65_HS1-834228961_62-HQ-83894_Section_6
Agency: FBI
Page 15
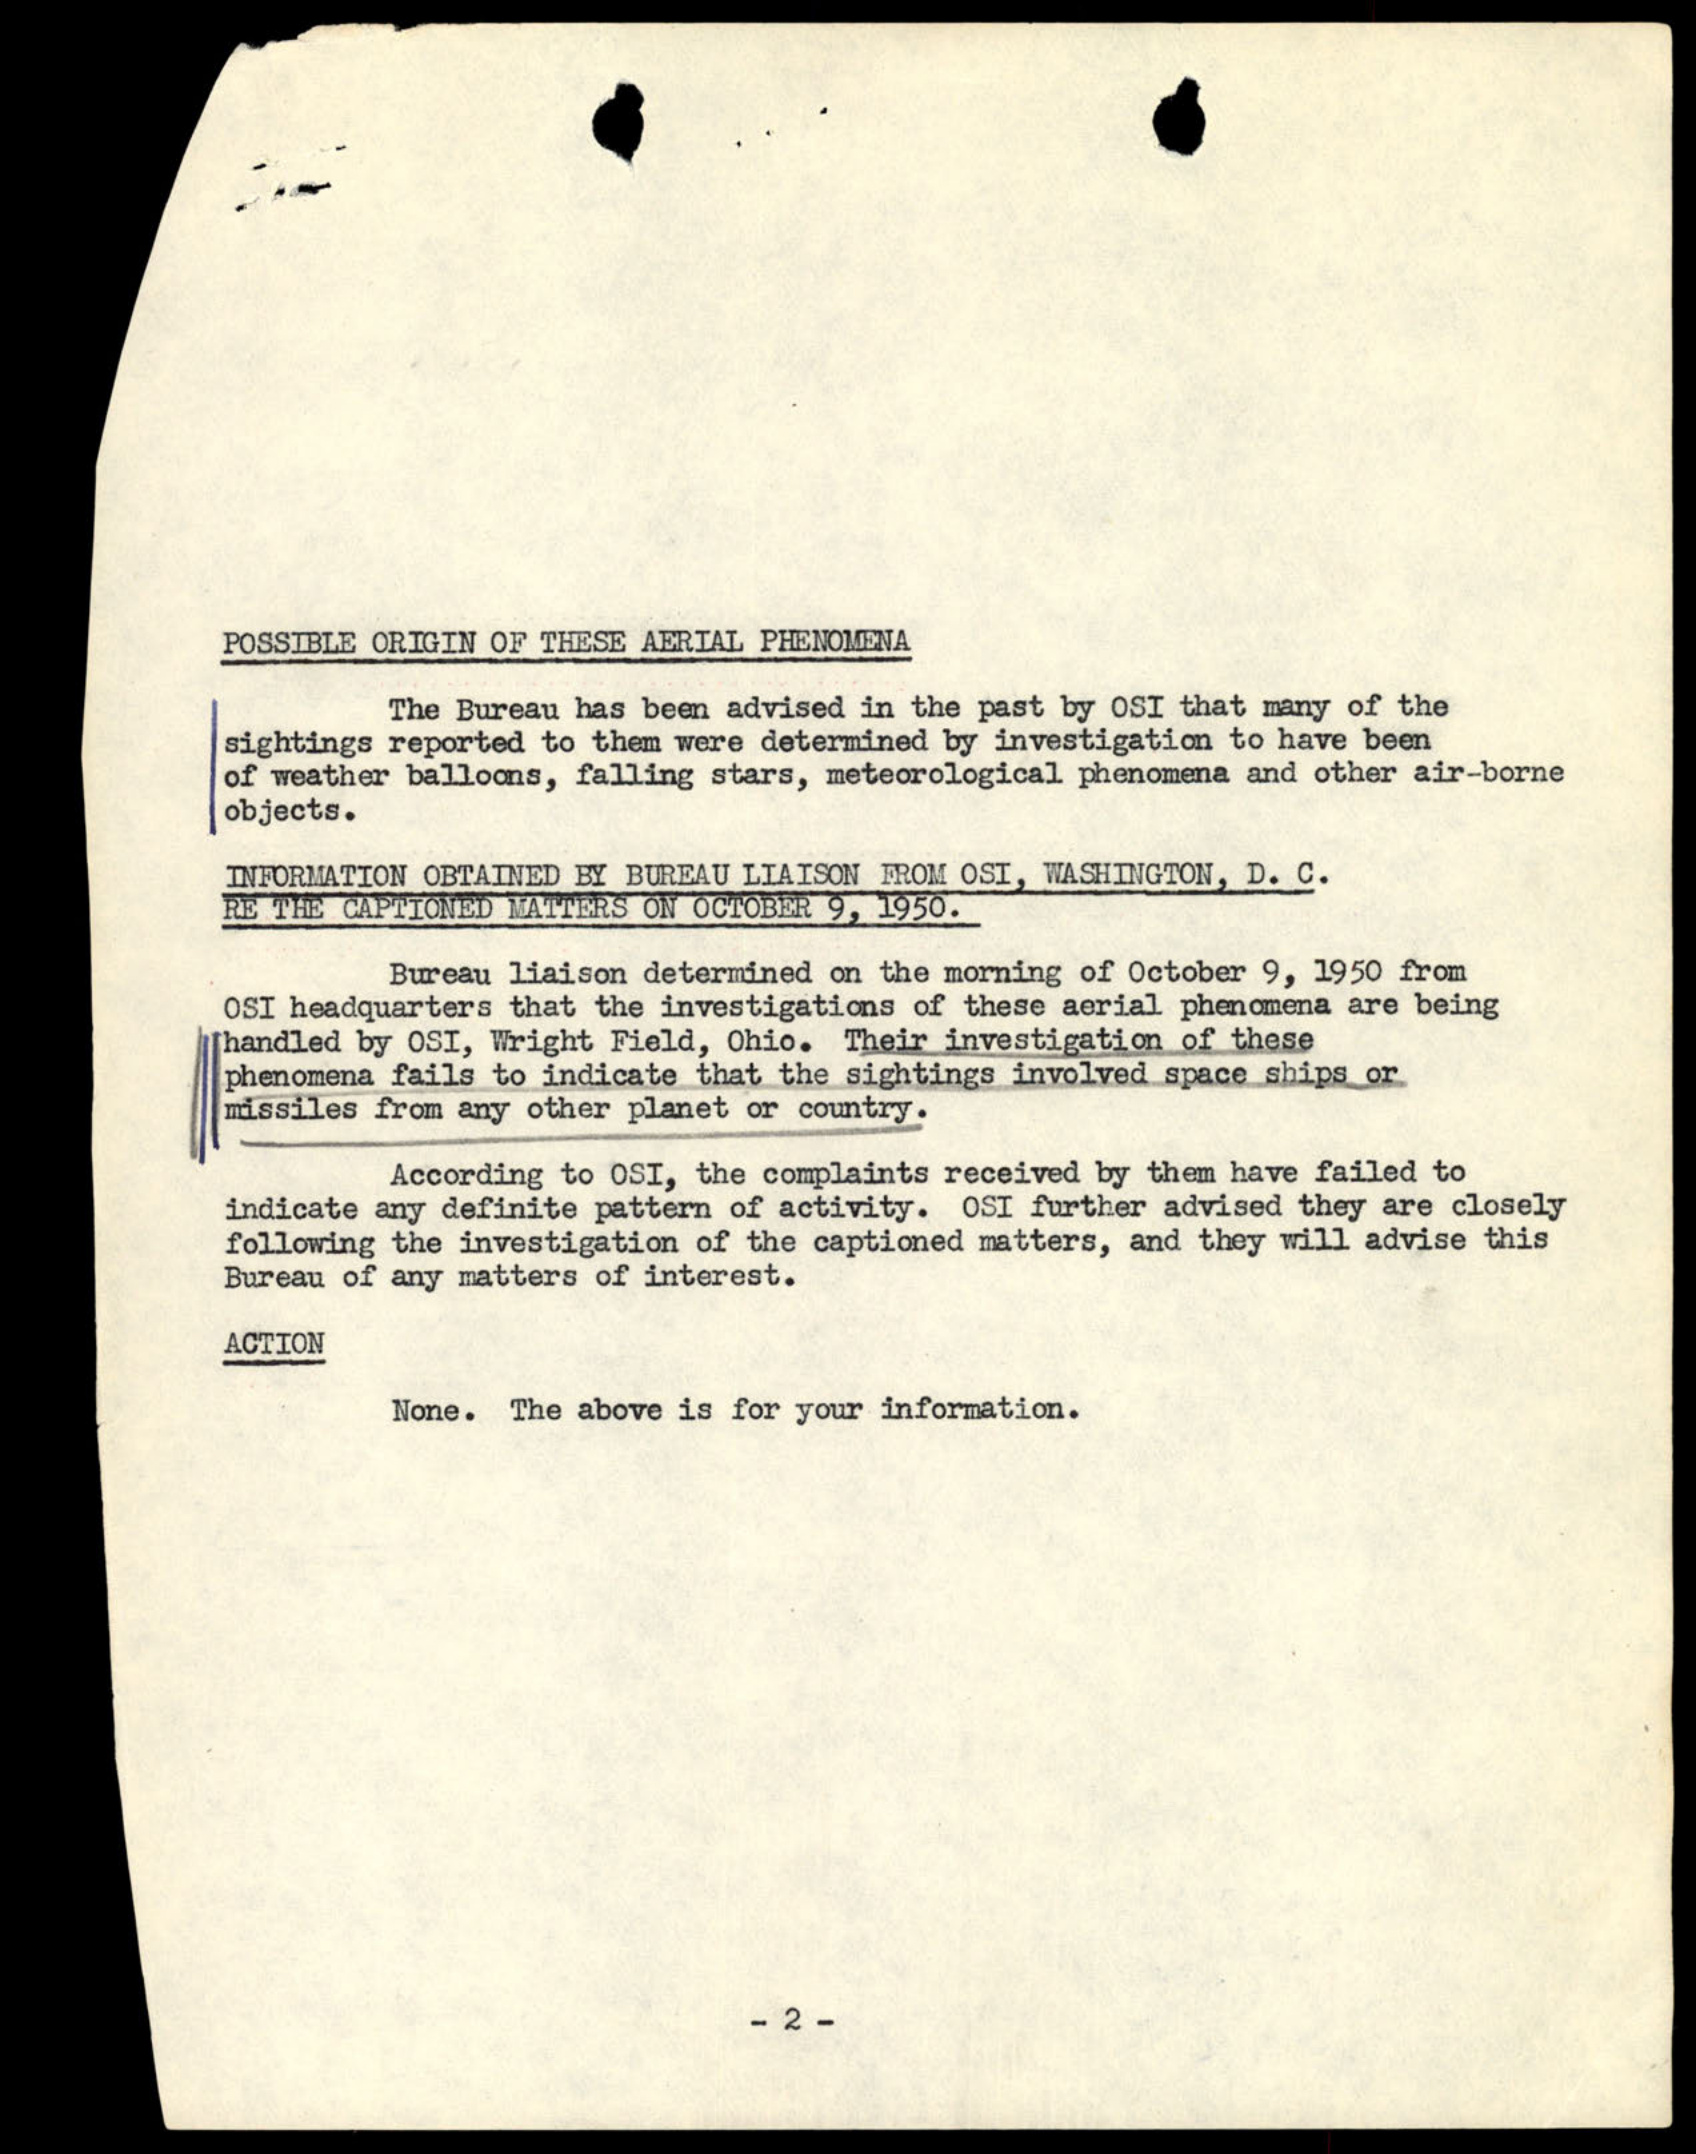